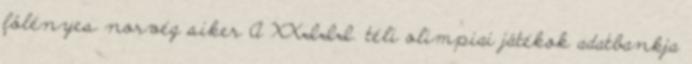
fölényes norvég siker A XXIII. téli olimpiai játékok adatbankja